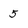
Character: 5